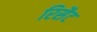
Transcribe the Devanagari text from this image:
रिसैट